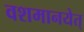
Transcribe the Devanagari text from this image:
वशमानयेत्